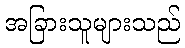
အခြားသူများသည်